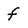
Character: f